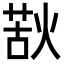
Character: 𭵌